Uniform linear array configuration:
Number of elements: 64
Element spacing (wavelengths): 1
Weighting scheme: hann
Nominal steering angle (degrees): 60
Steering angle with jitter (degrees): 59.522
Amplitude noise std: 0.05
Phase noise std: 0.05

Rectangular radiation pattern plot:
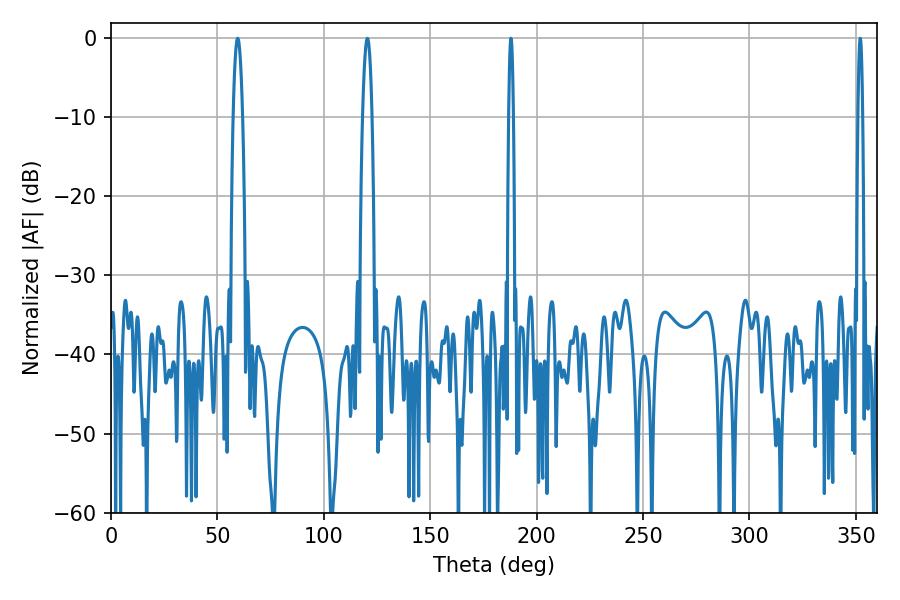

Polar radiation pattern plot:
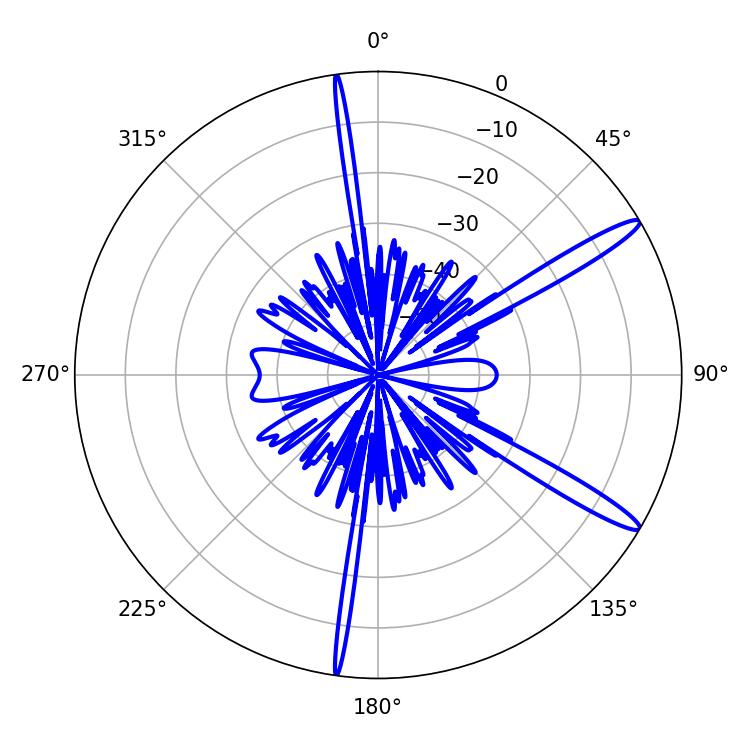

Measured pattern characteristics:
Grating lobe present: TRUE
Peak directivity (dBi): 14.322
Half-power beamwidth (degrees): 1.08
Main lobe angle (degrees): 187.92